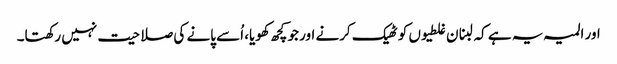
اور المیہ یہ ہے کہ لبنان غلطیوں کو ٹھیک کرنے اور جو کچھ کھویا، اُسے پانے کی صلاحیت نہیں رکھتا۔